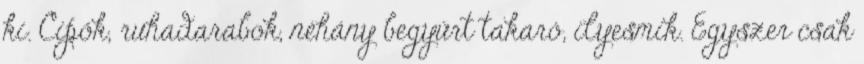
ki. Cipők, ruhadarabok, néhány begyűrt takaró, ilyesmik. Egyszer csak